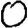
Digit: 0